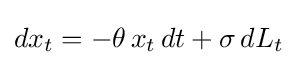
dx_{t}=-\theta \,x_{t}\,dt+\sigma \,dL_{t}